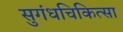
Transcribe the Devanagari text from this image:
सुगंधचिकित्सा